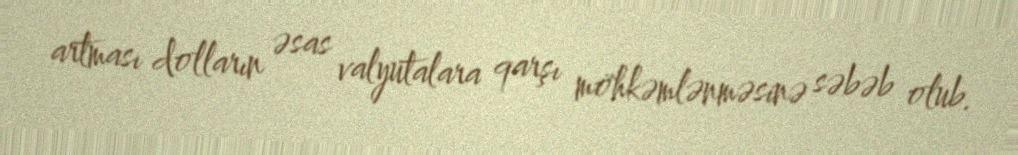
artması dolların əsas valyutalara qarşı möhkəmlənməsinə səbəb olub.